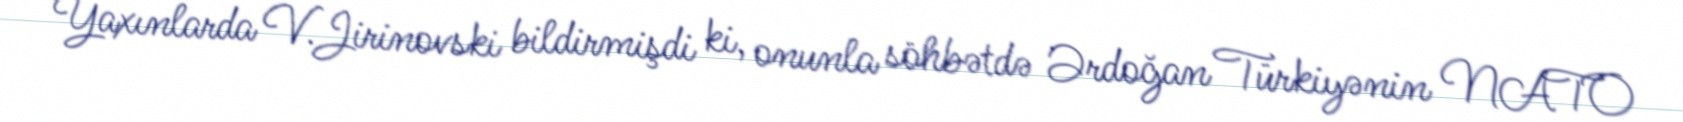
Yaxınlarda V.Jirinovski bildirmişdi ki, onunla söhbətdə Ərdoğan Türkiyənin NATO